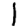
Digit: 1